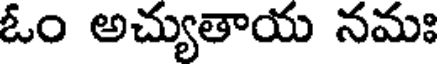
ఓం అచ్యుతాయ నమః